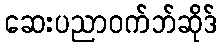
ဆေးပညာဝက်ဘ်ဆိုဒ်